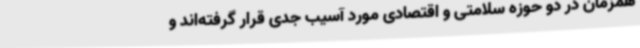
همزمان در دو حوزه سلامتی و اقتصادی مورد آسیب جدی قرار گرفته‌اند و